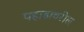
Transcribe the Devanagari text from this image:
पहाडावरील